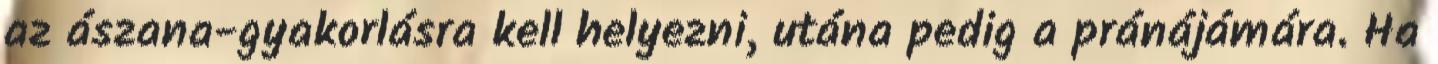
az ászana-gyakorlásra kell helyezni, utána pedig a pránájámára. Ha